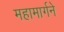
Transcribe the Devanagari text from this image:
महामार्गने